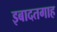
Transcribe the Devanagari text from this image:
इबादतगाह